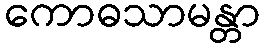
ကောဓသာမန္တာ